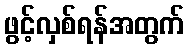
ဖွင့်လှစ်ရန်အတွက်